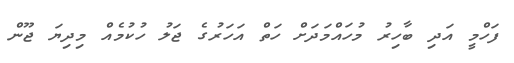
ފަހްމީ އަދި ބާހިރު މުހައްމަދަށް ހަތް އަހަރުގެ ޖަލު ހުކުމެއް މިދިޔަ ޖޫން